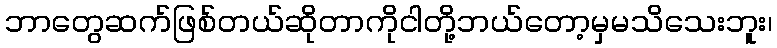
ဘာတွေဆက်ဖြစ်တယ်ဆိုတာကိုငါတို့ဘယ်တော့မှမသိသေးဘူး၊